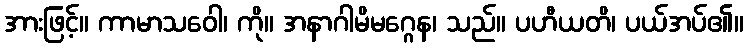
အားဖြင့်။ ကာမာသဝေါ၊ ကို။ အနာဂါမိမဂ္ဂေန၊ သည်။ ပဟီယတိ၊ ပယ်အပ်၏။